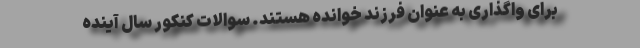
برای واگذاری به عنوان فرزند خوانده هستند. سوالات کنکور سال آینده